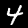
Digit: 4